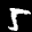
Label: 5